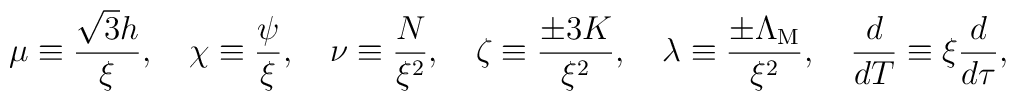
\mu\equiv \frac{\sqrt3h}{\xi}, \quad\chi\equiv \frac{\psi}{\xi}, \quad\nu\equiv \frac{N}{\xi^2}, \quad\zeta\equiv \frac{\pm 3 K}{\xi^2}, \quad\lambda\equiv \frac{\pm \Lambda_{\rm M}}{\xi^2}, \quad\frac{d}{dT}\equiv \xi \frac{d}{d\tau},